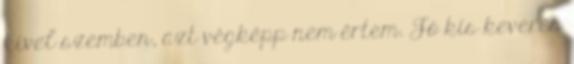
kivel szemben, azt végképp nem értem. Jó kis keverés